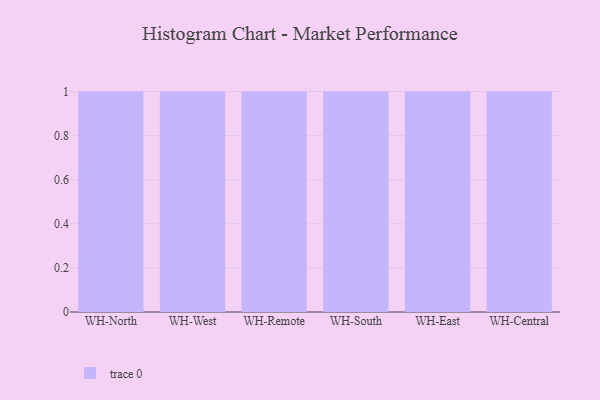
{"axis": {"x": "Warehouse", "y": "Net Income (USD K)"}, "legend": [""], "data": [{"x": "WH-North", "y": 43, "type": ""}, {"x": "WH-West", "y": 20, "type": ""}, {"x": "WH-Remote", "y": 14, "type": ""}, {"x": "WH-South", "y": 48, "type": ""}, {"x": "WH-East", "y": 7, "type": ""}, {"x": "WH-Central", "y": 4, "type": ""}]}